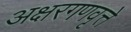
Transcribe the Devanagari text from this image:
अक्षरगणवृत्ते